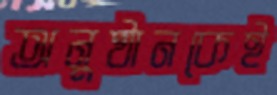
অনুষ্ঠানকেই